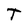
Character: T